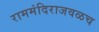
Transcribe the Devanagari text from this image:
राममंदिराजवळच